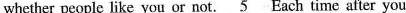
whether people like you or not. \underline{5} Each time after you